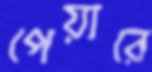
পেয়ারে